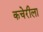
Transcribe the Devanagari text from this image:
कचेरीला